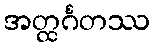
အတ္ထင်္ဂတဿ